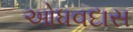
ઓધવદાસ